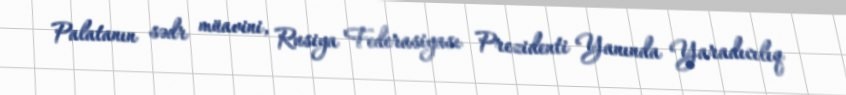
Palatanın sədr müavini, Rusiya Federasiyası Prezidenti Yanında Yaradıcılıq